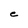
Character: e